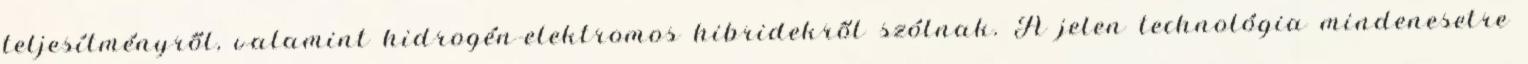
teljesítményről, valamint hidrogén-elektromos hibridekről szólnak. A jelen technológia mindenesetre